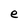
Character: e